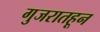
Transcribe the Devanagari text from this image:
गुजरातहून